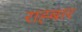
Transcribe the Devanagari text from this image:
राह्बार